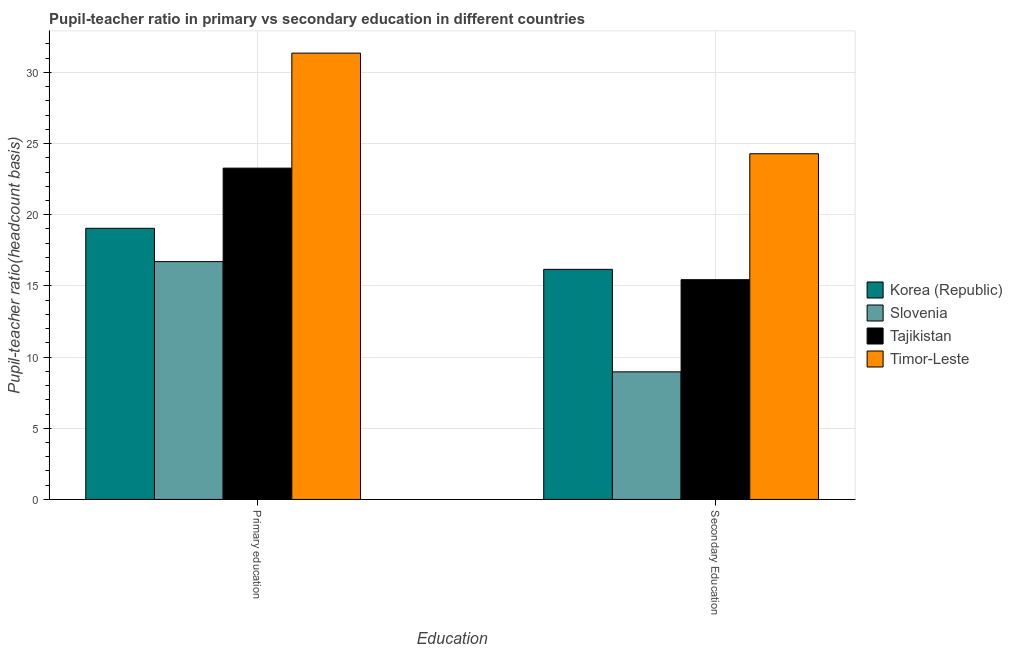
| Education | Korea (Republic) | Slovenia | Tajikistan | Timor-Leste |
 | --- | --- | --- | --- | --- |
 | Primary education | 19 | 16.7 | 23.3 | 31.4 |
 | Secondary Education | 16.2 | 8.96 | 15.4 | 24.3 |